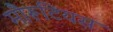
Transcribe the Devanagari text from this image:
मौरूटियस